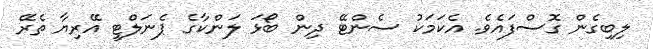
ލިބިގެން ގޮސްފައެވެ. އެކަމަކު ސެންޓޭ ދިން ބޯޅަ ލަންކާގެ ޕެނަލްޓީ އޭރިޔާ ތެރޭ